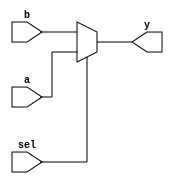
//modiffications by GabrielD at BigSurSoftware.com
module new_event_control(y,a,b,sel);
	output y;
	reg y;
	input a,b,sel;
	
always @* //combinational logic sensitivity
	if (sel)
		y = a;
	else
		y = b;

endmodule

module new_parameter;

parameter [2:0]    // new width
	IDLE = 3'd0,
	READ = 3'd1,
	LOAD = 3'd2,
	SYNC = 3'd3,
	ERROR = 3'd4;

RAM #(.SIZE(1023)) ram2 (); // parameter

endmodule
//added by GabrielD
module RAM;
    parameter [15:0]
       SIZE = 16'd2047;
    reg [7:0]ram[SIZE:0];
endmodule
//end
module mux8 (y, a, b, en);

output reg [7:0] y;
input wire [7:0] a, b;
input wire       en;

endmodule